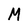
Character: M